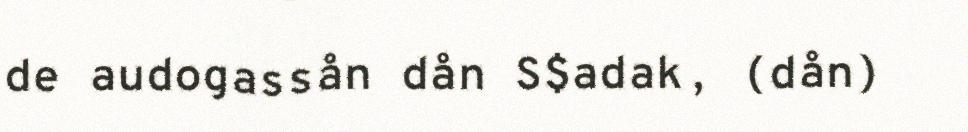
de audogassån dån S$adak, (dån)